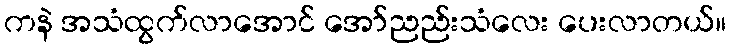
ကနဲ အသံထွက်လာအောင် အော်ညည်းသံလေး ပေးလာတယ်။